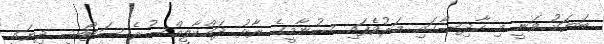
ބަޔަކު ވަނީ މި ހާދިސާގައި މަރުވެފައި ސުނާމީގެ ރާޅު ދައްކާލީއްސުރެ ސަޓޯޝީ ދިޔައީ